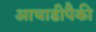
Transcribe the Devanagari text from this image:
आघाडीपैकी